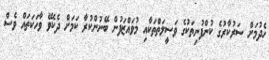
ހެދުމަށް ސަރުކާރުގެ ކުންފުނިތަކުގެ ވަސީލަތްތަކާއި މުވައްޒަފުން ބޭނުންކުރާ ކަމަށް ދެކެވޭ ވާހަކަތައް ވެސް